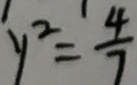
y ^ { 2 } = \frac { 4 } { 7 }